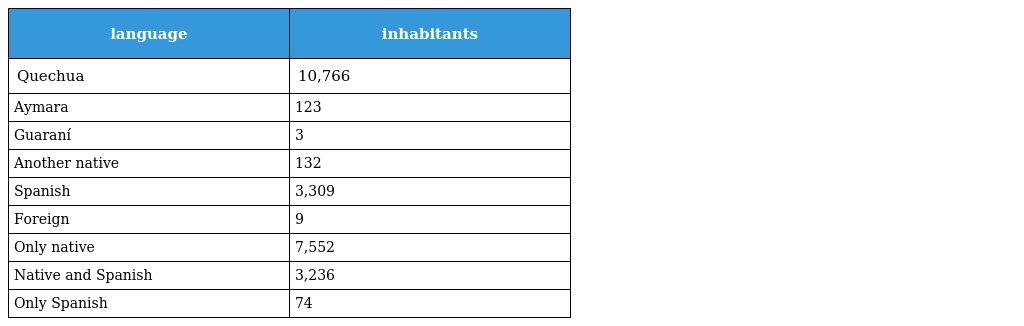
| language | inhabitants |
 | --- | --- |
 | Quechua | 10,766 |
 | Aymara | 123 |
 | Guaraní | 3 |
 | Another native | 132 |
 | Spanish | 3,309 |
 | Foreign | 9 |
 | Only native | 7,552 |
 | Native and Spanish | 3,236 |
 | Only Spanish | 74 |